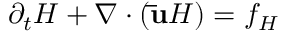
\partial _ { t } H + \nabla \cdot ( \mathbf { \bar { u } } H ) = f _ { H }